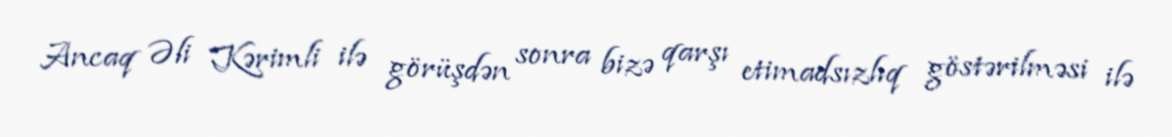
Ancaq Əli Kərimli ilə görüşdən sonra bizə qarşı etimadsızlıq göstərilməsi ilə